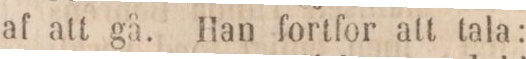
af att gå. Han fortfor att tala: